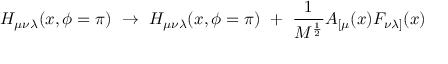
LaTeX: H _ { \mu \nu \lambda } ( x , \phi = \pi ) ~ \rightarrow ~ H _ { \mu \nu \lambda } ( x , \phi = \pi ) ~ + ~ \frac { 1 } { M ^ { \frac { 1 } { 2 } } } A _ { [ \mu } ( x ) F _ { \nu \lambda ] } ( x )